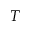
\boldsymbol { T }